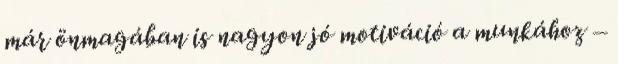
már önmagában is nagyon jó motiváció a munkához –